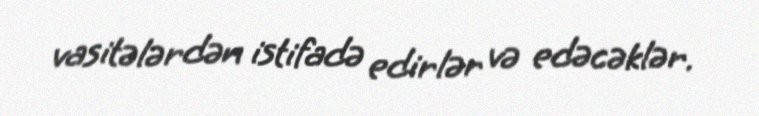
vasitələrdən istifadə edirlər və edəcəklər.